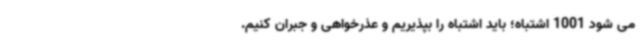
می شود 1001 اشتباه؛ باید اشتباه را بپذیریم و عذرخواهی و جبران کنیم.